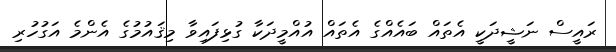
ރައީސް ނަޝީދަކީ އެތައް ބައެއްގެ އެތައް އުއްމީދަކާ ގުޅިފައިވާ މިޤައުމުގެ އެންމެ އަގުހުރި